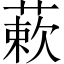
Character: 蔌